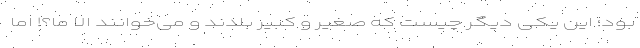
بود؛ این یکی دیگر چیست که صغیر و کبیر بلدند و می‌خوانند الا ما؟! اما